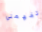
تفهمني